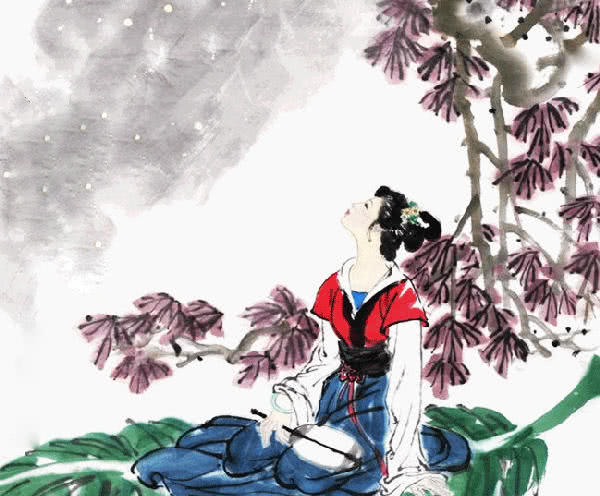
不见穿针妇，空怀故国楼。